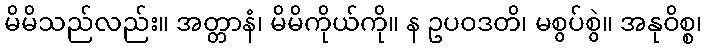
မိမိသည်လည်း။ အတ္တာနံ၊ မိမိကိုယ်ကို။ န ဥပဝဒတိ၊ မစွပ်စွဲ။ အနုဝိစ္စ၊